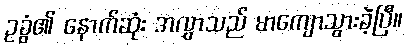
ဥခွံ၏ နောက်ဆုံး အလွှာသည် မာကျောသွားခဲ့ပြီ။